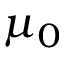
\mu _ { 0 }